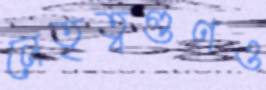
নেতৃত্বগুণও